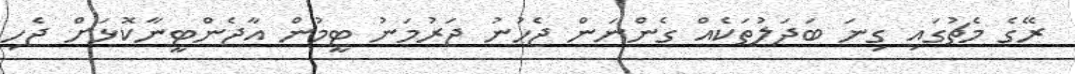
ރޭގެ މެޗުގައި ގިނަ ބަދަލުތަކެއް ގެންނަން ޖެހުނު ޖަރުމަނު ޓީމުން އާޖެންޓީނާކޮޅަށް ޖެހި